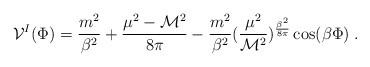
\begin{align*}{\cal V}^{I}(\Phi)= {\frac {m^2}{\beta^2}}+{\frac {\mu^2-{\cal M }^2}{8\pi}}-{\frac {m^2}{\beta^2}}({\frac{\mu^2}{{\cal M }^2}})^{{\frac {\beta^2}{8 \pi}}} \cos(\beta \Phi) \;.\end{align*}